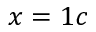
x = 1 c